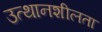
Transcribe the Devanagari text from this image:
उत्थानशीलता